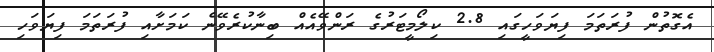
އެގޮތުން ފުރަތަމަ ފިޔަވަހީގައި 2.8 ކިލޯމީޓަރުގެ ރަންވޭއެއް ބިނާކުރެވޭނެ ކަމަށާއި ފުރަތަމަ ފިޔަވަހި